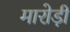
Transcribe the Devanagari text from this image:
मारोड़ी